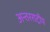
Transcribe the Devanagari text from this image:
अन्तरराट्रीय